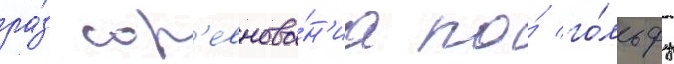
ра́з сор'евнова́н'иа по́ го́льфу